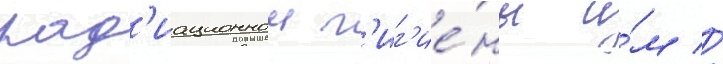
рад'иационнои г'иг'ие́ны и́м //